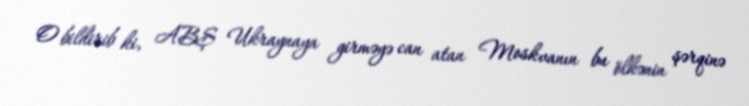
O bildirib ki, ABŞ Ukraynaya girməyə can atan Moskvanın bu ölkənin şərqinə